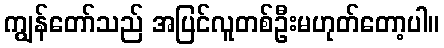
ကျွန်တော်သည် အပြင်လူတစ်ဦးမဟုတ်တော့ပါ။